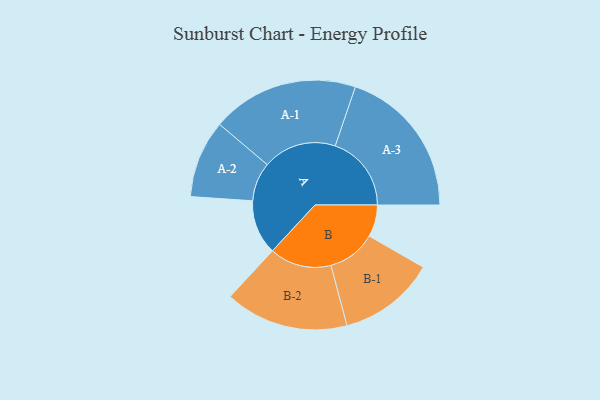
{"axis": {"x": "Segment", "y": "Value"}, "legend": ["", "A", "B"], "data": [{"x": "A", "y": 205, "type": ""}, {"x": "B", "y": 120, "type": ""}, {"x": "A-1", "y": 276, "type": "A"}, {"x": "A-2", "y": 146, "type": "A"}, {"x": "A-3", "y": 286, "type": "A"}, {"x": "B-1", "y": 182, "type": "B"}, {"x": "B-2", "y": 232, "type": "B"}]}